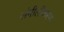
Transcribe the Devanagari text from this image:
संमीलीकरण